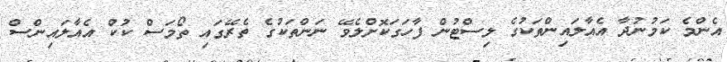
އެންމެ ކަމުނުދާ އެއާލައިންތަކުގެ ލިސްޓުން ފާހަގަކޮށްލެވޭ ނަންތަކުގެ ތެރޭގައި ތޯމަސް ކުކް އެއާލައިންސް